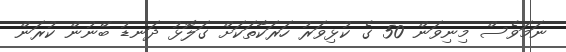
ނަމަވެސް މިނިވަން 50 ގެ ކުޅިވަރު ހަރަކާތަކަށް ގަލޮޅު ދަނޑު ބޭނުން ކުރަން